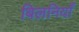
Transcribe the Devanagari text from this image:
बिलनियाँ